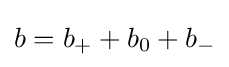
b=b_{+}+b_{0}+b_{-}